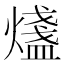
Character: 𤐒